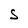
Character: S